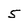
Character: 5